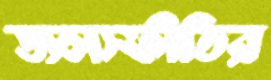
জলস্ফীতির